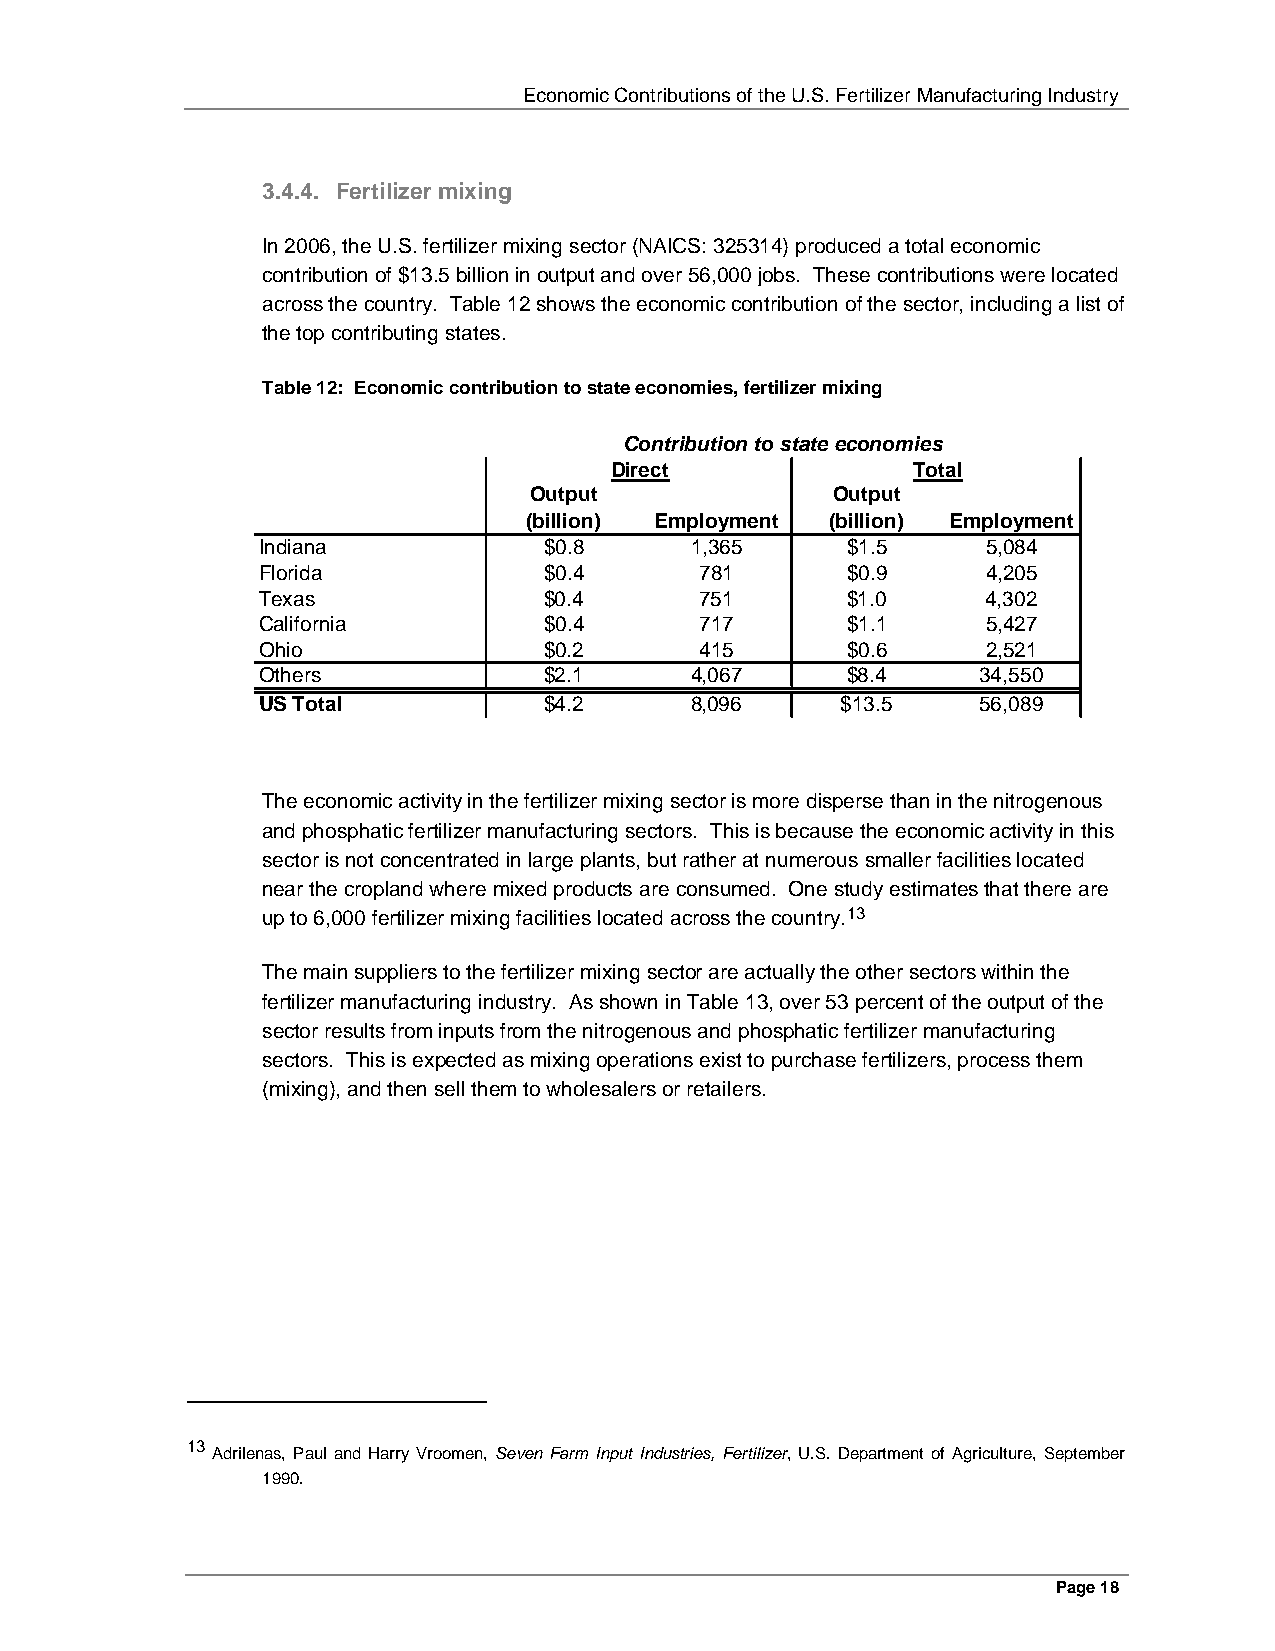
Economic Contributions of the U.S. Fertilizer Manufacturing Industry
 3.4.4. Fertilizer mixing
 In 2006, the U.S. fertilizer mixing sector (NAICS: 325314) produced a total economic
 contribution of $13.5 billion in output and over 56,000 jobs. These contributions were located
 across the country. Table 12 shows the economic contribution of the sector, including a list of
 the top contributing states.
 Table 12: Economic contribution to state economies, fertilizer mixing
 Contribution to state economies
 Direct              Total
 Output              Output
 (billion) Employment (billion) Employment
 Indiana            $0.8      1,365     $1.5     5,084
 Florida            $0.4      781       $0.9     4,205
 Texas              $0.4      751       $1.0     4,302
 California         $0.4      717       $1.1     5,427
 Ohio               $0.2      415       $0.6     2,521
 Others             $2.1      4,067     $8.4     34,550
 US Total           $4.2      8,096     $13.5    56,089
 The economic activity in the fertilizer mixing sector is more disperse than in the nitrogenous
 and phosphatic fertilizer manufacturing sectors. This is because the economic activity in this
 sector is not concentrated in large plants, but rather at numerous smaller facilities located
 near the cropland where mixed products are consumed. One study estimates that there are
 up to 6,000 fertilizer mixing facilities located across the country.13
 The main suppliers to the fertilizer mixing sector are actually the other sectors within the
 fertilizer manufacturing industry. As shown in Table 13, over 53 percent of the output of the
 sector results from inputs from the nitrogenous and phosphatic fertilizer manufacturing
 sectors. This is expected as mixing operations exist to purchase fertilizers, process them
 (mixing), and then sell them to wholesalers or retailers.
 13
 Adrilenas, Paul and Harry Vroomen, Seven Farm Input Industries, Fertilizer, U.S. Department of Agriculture, September
 1990.
 Page 18